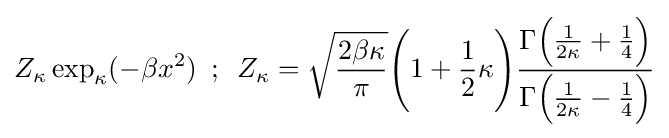
Z_{\kappa }\exp _{\kappa }(-\beta x^{2})\,\,\,;\,\,\,Z_{\kappa }={\sqrt {\frac {2\beta \kappa }{\pi }}}{\Bigg (}1+{\frac {1}{2}}\kappa {\Bigg )}{\frac {\Gamma {\Big (}{\frac {1}{2\kappa }}+{\frac {1}{4}}{\Big )}}{\Gamma {\Big (}{\frac {1}{2\kappa }}-{\frac {1}{4}}{\Big )}}}